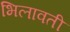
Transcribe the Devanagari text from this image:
भिलावती